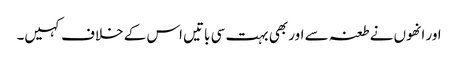
اور انھوں نے طعنہ سے اور بھی بہت سی باتیں اس کے خلاف کہیں۔